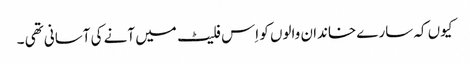
کیوں کہ سارے خاندان والوں کو اِس فلیٹ میں آنے کی آسانی تھی ۔